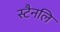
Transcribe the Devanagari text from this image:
स्टैनलि